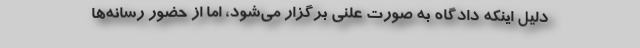
دلیل اینکه دادگاه به صورت علنی برگزار می‌شود، اما از حضور رسانه‌ها